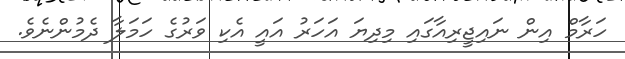
ހަރާމް އިން ނައިޖީރިއާގައި މިދިޔަ އަހަރު އައީ އެކި ވަރުގެ ހަމަލާ ދެމުންނެވެ.